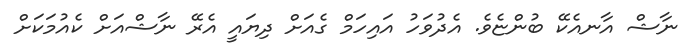
ނާޝް އާނއެކޭ ބުންޏެވެ. އެދުވަހު އައިހަމް ގެއަށް ދިޔައީ އެރޭ ނާޝްއަށް ކެއުމަކަށް